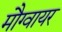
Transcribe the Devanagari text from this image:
मौग्वायर